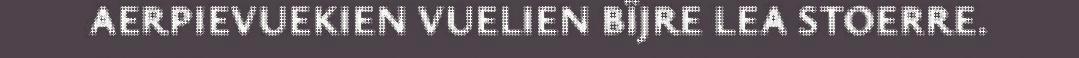
AERPIEVUEKIEN VUELIEN BÏJRE LEA STOERRE.